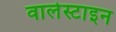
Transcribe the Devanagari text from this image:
वालेस्टाइन